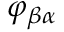
\varphi _ { \beta \alpha }